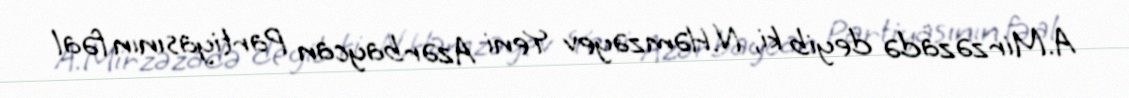
A.Mirzəzadə deyib ki, N.Həmzəyev Yeni Azərbaycan Partiyasının fəal